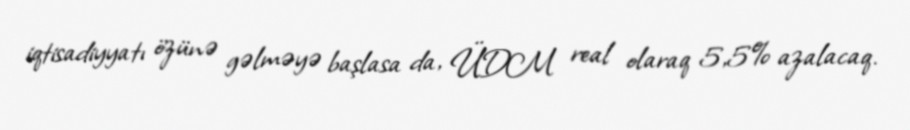
iqtisadiyyatı özünə gəlməyə başlasa da, ÜDM real olaraq 5,5% azalacaq.